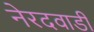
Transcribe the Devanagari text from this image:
नेरदवाडी